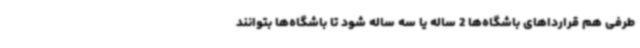
طرفی هم قرارداهای باشگاه‌ها 2 ساله یا سه ساله شود تا باشگاه‌ها بتوانند